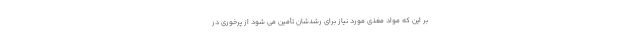
بر این که مواد مغذی مورد نیاز برای رشدشان تأمین می شود از پرخوری در